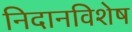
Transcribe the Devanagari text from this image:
निदानविशेष